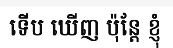
ទើប ឃើញ ប៉ុន្តែ ខ្ញុំ